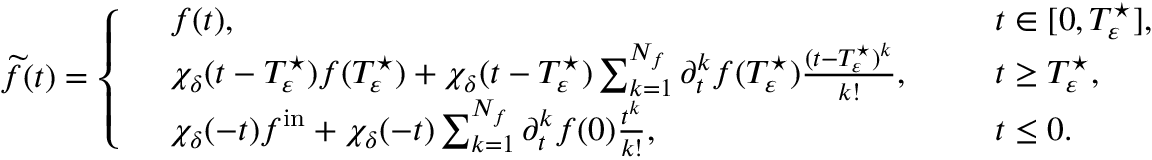
\begin{array} { r } { \widetilde { f } ( t ) = \left\{ \begin{array} { r l r l } & { f ( t ) , \ \ } & & { t \in [ 0 , T _ { \varepsilon } ^ { \star } ] , } \\ & { \chi _ { \delta } ( t - T _ { \varepsilon } ^ { \star } ) f ( T _ { \varepsilon } ^ { \star } ) + \chi _ { \delta } ( t - T _ { \varepsilon } ^ { \star } ) \sum _ { k = 1 } ^ { N _ { f } } \partial _ { t } ^ { k } f ( T _ { \varepsilon } ^ { \star } ) \frac { ( t - T _ { \varepsilon } ^ { \star } ) ^ { k } } { k ! } , \ \ } & & { t \geq T _ { \varepsilon } ^ { \star } , } \\ & { \chi _ { \delta } ( - t ) f ^ { \mathrm { i n } } + \chi _ { \delta } ( - t ) \sum _ { k = 1 } ^ { N _ { f } } \partial _ { t } ^ { k } f ( 0 ) \frac { t ^ { k } } { k ! } , \ \ } & & { t \leq 0 . } \end{array} \right. } \end{array}